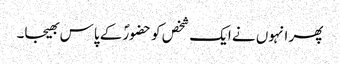
پھر انہوں نے ایک شخص کو حضورؐ کے پاس بھیجا۔